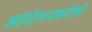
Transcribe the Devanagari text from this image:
आंदोलनकरीयों